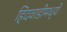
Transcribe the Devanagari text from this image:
हिंदवाडीमध्ये